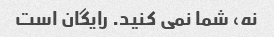
نه، شما نمی کنید. رایگان است